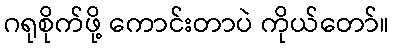
ဂရုစိုက်ဖို့ ကောင်းတာပဲ ကိုယ်တော်။